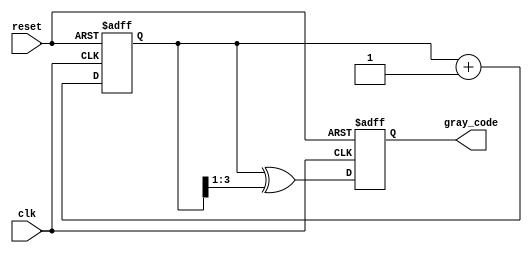
module gray_code_counter #(
    parameter N = 4  // Define the bit width (n)
)(
    input wire clk,               // Clock signal
    input wire reset,             // Asynchronous reset signal
    output reg [N-1:0] gray_code  // Output Gray code value
);

    // Internal binary counter
    reg [N-1:0] binary_count;
    
    // Next binary count to hold the incremented value
    wire [N-1:0] next_binary_count;

    // Binary to Gray code conversion
    function [N-1:0] binary_to_gray;
        input [N-1:0] binary;
        begin
            binary_to_gray = binary ^ (binary >> 1);
        end
    endfunction

    // Generate the next binary count
    assign next_binary_count = binary_count + 1;

    // Always block for counter operation
    always @(posedge clk or posedge reset) begin
        if (reset) begin
            binary_count <= 0;           // Reset binary counter to 0
            gray_code <= 0;              // Reset Gray code to 0
        end else begin
            binary_count <= next_binary_count;  // Increment binary counter
            gray_code <= binary_to_gray(binary_count); // Convert to Gray code
        end
    end

endmodule